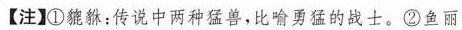
【注】①貔貅：传说中两种猛兽，比喻勇猛的战士。②鱼丽